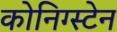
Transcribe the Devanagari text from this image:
कोनिग्स्टेन